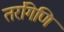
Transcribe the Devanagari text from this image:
तरंगिणि